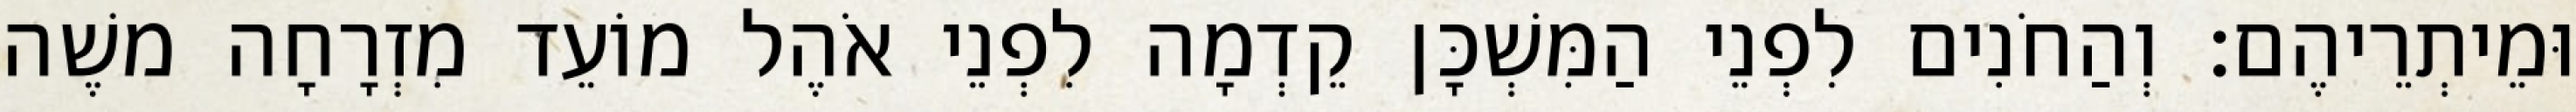
וּמֵיתְרֵיהֶם׃ וְהַחֹנִים לִפְנֵי הַמִּשְׁכָּן קֵדְמָה לִפְנֵי אֹהֶל מוֹעֵד מִזְרָחָה משֶׁה